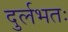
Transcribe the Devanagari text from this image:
दुर्लभतः